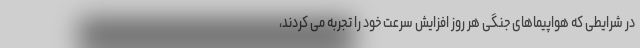
در شرایطی که هواپیماهای جنگی هر روز افزایش سرعت خود را تجربه می کردند،